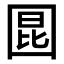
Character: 𪢬